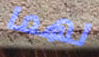
لهما